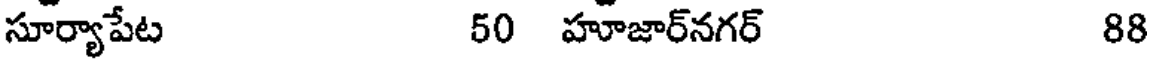
సూర్యాపేట 50 హూజార్నగర్ 88